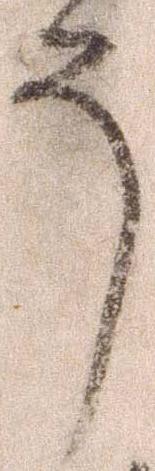
う